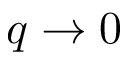
q \to 0